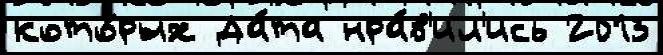
кото́рых Да́та нра́в'ил'ись 2013